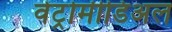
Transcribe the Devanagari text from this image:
वेंट्रोमीडिअल